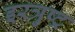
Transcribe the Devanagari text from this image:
इरत्रुष्ट्र